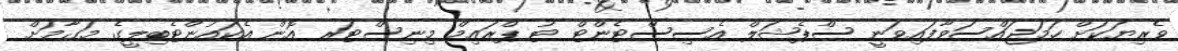
ވެރިޔަކަށް ހަމަޖައްސަވާފައިވަނީ ސްޕެޝަލް އެސިސްޓެންޓް ޓު ޕްރައިމް މިނިސްޓަރ އޮން އެކައުންޓެބިލީގެ މަގާމަށް